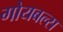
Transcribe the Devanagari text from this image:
गोयबल्स